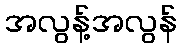
အလွန့်အလွန်